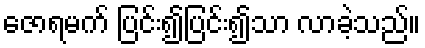
ဇောရမက် ပြင်း၍ပြင်း၍သာ လာခဲ့သည်။